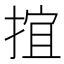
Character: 𢯕